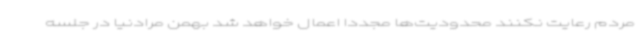
مردم رعایت نکنند محدودیت‌ها مجددا اعمال خواهد شد بهمن مرادنیا در جلسه